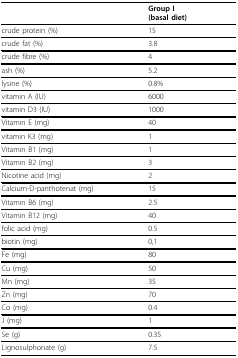
<table><thead><tr><td></td><td><b>Group I(basal diet)</b></td></tr></thead><tbody><tr><td>crude protein (%)</td><td>15</td></tr><tr><td>crude fat (%)</td><td>3.8</td></tr><tr><td>crude fibre (%)</td><td>4</td></tr><tr><td>ash (%)</td><td>5.2</td></tr><tr><td>lysine (%)</td><td>0.8%</td></tr><tr><td>vitamin A (IU)</td><td>6000</td></tr><tr><td>vitamin D3 (IU)</td><td>1000</td></tr><tr><td>Vitamin E (mg)</td><td>40</td></tr><tr><td>vitamin K3 (mg)</td><td>1</td></tr><tr><td>Vitamin B1 (mg)</td><td>1</td></tr><tr><td>Vitamin B2 (mg)</td><td>3</td></tr><tr><td>Nicotine acid (mg)</td><td>2</td></tr><tr><td>Calcium-D-panthotenat (mg)</td><td>15</td></tr><tr><td>Vitamin B6 (mg)</td><td>2.5</td></tr><tr><td>Vitamin B12 (mg)</td><td>40</td></tr><tr><td>folic acid (mg)</td><td>0.5</td></tr><tr><td>biotin (mg)</td><td>0,1</td></tr><tr><td>Fe (mg)</td><td>80</td></tr><tr><td>Cu (mg)</td><td>50</td></tr><tr><td>Mn (mg)</td><td>35</td></tr><tr><td>Zn (mg)</td><td>70</td></tr><tr><td>Co (mg)</td><td>0.4</td></tr><tr><td>J (mg)</td><td>1</td></tr><tr><td>Se (g)</td><td>0.35</td></tr><tr><td>Lignosulphonate (g)</td><td>7.5</td></tr></tbody></table>